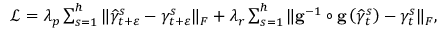
\begin{array} { r } { \mathcal { L } = \lambda _ { p } \sum _ { s = 1 } ^ { h } \Vert \widehat { \gamma } _ { t + \varepsilon } ^ { s } - \gamma _ { t + \varepsilon } ^ { s } \Vert _ { F } + \lambda _ { r } \sum _ { s = 1 } ^ { h } \Vert \mathbf { g } ^ { - 1 } \circ \mathbf { g } \left( \widehat { \gamma } _ { t } ^ { s } \right) - \gamma _ { t } ^ { s } \Vert _ { F } , } \end{array}